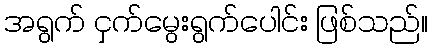
အရွက် ငှက်မွေးရွက်ပေါင်း ဖြစ်သည်။